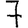
Digit: 7